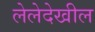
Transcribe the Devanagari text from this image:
लेलेदेखील